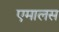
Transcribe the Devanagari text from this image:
एमालस